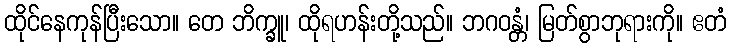
ထိုင်နေကုန်ပြီးသော။ တေ ဘိက္ခူ၊ ထိုရဟန်းတို့သည်။ ဘဂဝန္တံ၊ မြတ်စွာဘုရားကို။ ဧတံ